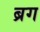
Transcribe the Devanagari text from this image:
ब्रग